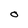
Character: O